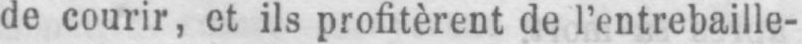
de courir, et ils profitèrent de l’entrebaille-